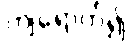
ကျရောက်၍